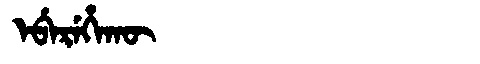
Manchu: ᡝᠪᡝᡵᡝᡥᠠᡴᡡ
Romanization: EBEREHAKŪ